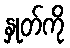
နှုတ်ကို